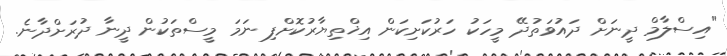
"އިސްލާމް ދީނަށް ދައުވަތުދޭ މީހަކު ހަރުކަށިކަން އިޚްތިޔާރުކޮށްފި ނަމަ މީސްތަކުން ދީނާ ދުރަށްދާނެ.